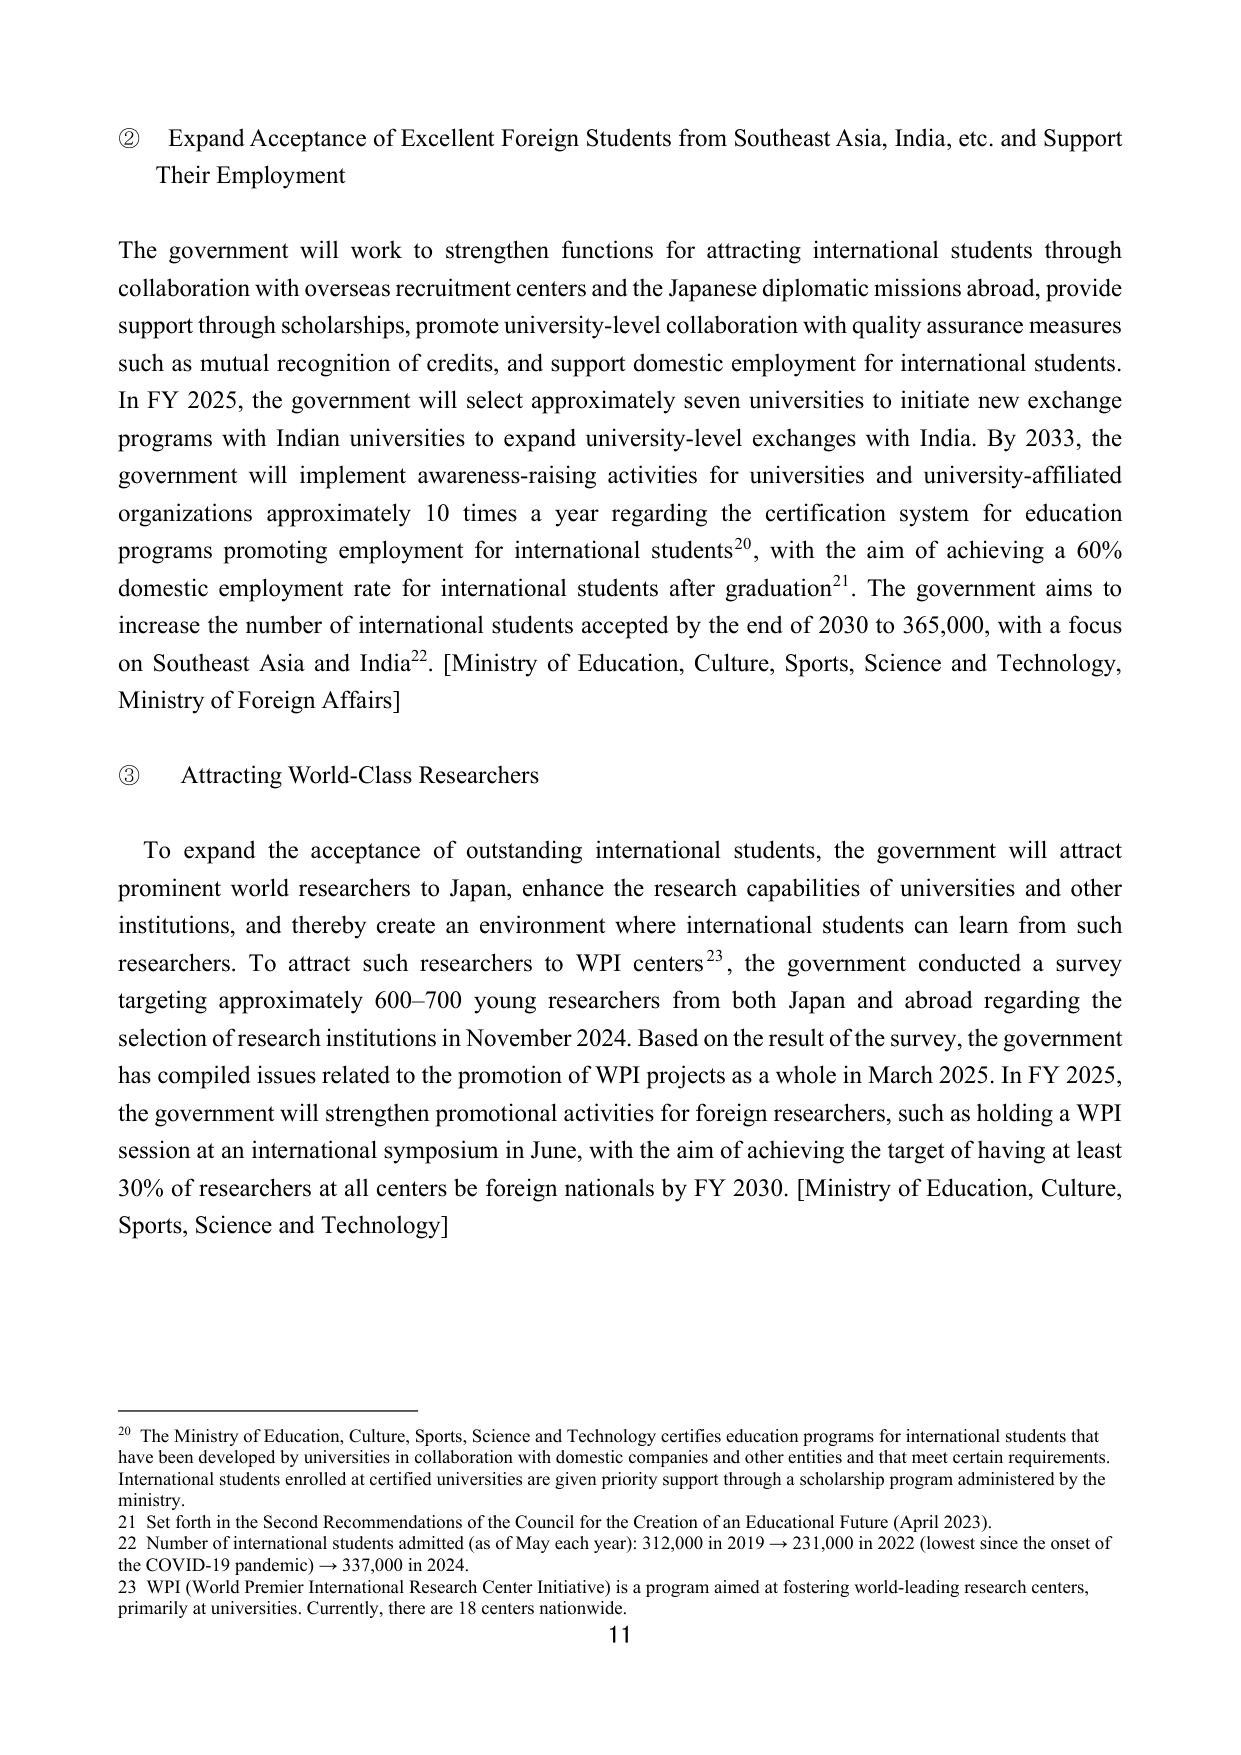
② Expand Acceptance of Excellent Foreign Students from Southeast Asia, India, etc. and Support Their Employment

The government will work to strengthen functions for attracting international students through collaboration with overseas recruitment centers and the Japanese diplomatic missions abroad, provide support through scholarships, promote university-level collaboration with quality assurance measures such as mutual recognition of credits, and support domestic employment for international students. In FY 2025, the government will select approximately seven universities to initiate new exchange programs with Indian universities to expand university-level exchanges with India. By 2033, the government will implement awareness-raising activities for universities and university-affiliated organizations approximately 10 times a year regarding the certification system for education programs promoting employment for international students²⁰, with the aim of achieving a 60% domestic employment rate for international students after graduation²¹. The government aims to increase the number of international students accepted by the end of 2030 to 365,000, with a focus on Southeast Asia and India²². [Ministry of Education, Culture, Sports, Science and Technology, Ministry of Foreign Affairs]

③ Attracting World-Class Researchers

To expand the acceptance of outstanding international students, the government will attract prominent world researchers to Japan, enhance the research capabilities of universities and other institutions, and thereby create an environment where international students can learn from such researchers. To attract such researchers to WPI centers²³, the government conducted a survey targeting approximately 600–700 young researchers from both Japan and abroad regarding the selection of research institutions in November 2024. Based on the result of the survey, the government has compiled issues related to the promotion of WPI projects as a whole in March 2025. In FY 2025, the government will strengthen promotional activities for foreign researchers, such as holding a WPI session at an international symposium in June, with the aim of achieving the target of having at least 30% of researchers at all centers be foreign nationals by FY 2030. [Ministry of Education, Culture, Sports, Science and Technology]

²⁰ The Ministry of Education, Culture, Sports, Science and Technology certifies education programs for international students that have been developed by universities in collaboration with domestic companies and other entities and that meet certain requirements. International students enrolled at certified universities are given priority support through a scholarship program administered by the ministry.

²¹ Set forth in the Second Recommendations of the Council for the Creation of an Educational Future (April 2023).

²² Number of international students admitted (as of May each year): 312,000 in 2019 → 231,000 in 2022 (lowest since the onset of the COVID-19 pandemic) → 337,000 in 2024.

²³ WPI (World Premier International Research Center Initiative) is a program aimed at fostering world-leading research centers, primarily at universities. Currently, there are 18 centers nationwide.

11